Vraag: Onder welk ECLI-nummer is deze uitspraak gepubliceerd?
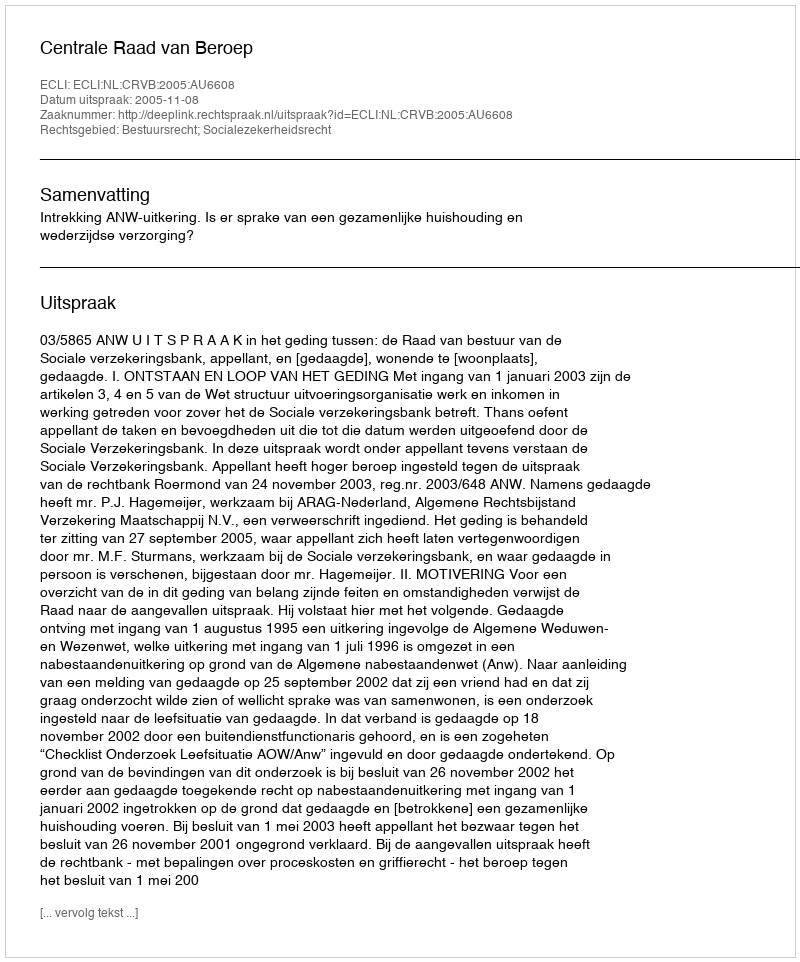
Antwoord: ECLI:NL:CRVB:2005:AU6608